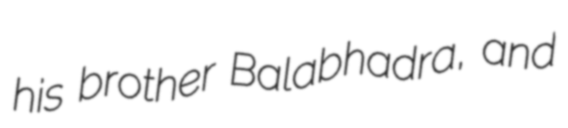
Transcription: his brother Balabhadra, and